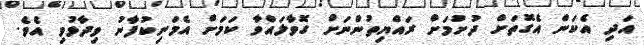
އަދި އެކަން އެގޮތަށް ދުށުމަށް ރައްޔިތުންނަށް ގޮވާލައްވާ ކަމަށް އެމަނިކުފާނު ވިދާޅުވި އެވެ.